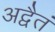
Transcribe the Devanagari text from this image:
अद्वैतं